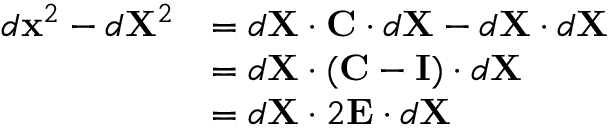
{ \begin{array} { r l } { d \mathbf { x } ^ { 2 } - d \mathbf { X } ^ { 2 } } & { = d \mathbf { X } \cdot \mathbf { C } \cdot d \mathbf { X } - d \mathbf { X } \cdot d \mathbf { X } } \\ & { = d \mathbf { X } \cdot ( \mathbf { C } - \mathbf { I } ) \cdot d \mathbf { X } } \\ & { = d \mathbf { X } \cdot 2 \mathbf { E } \cdot d \mathbf { X } } \end{array} }